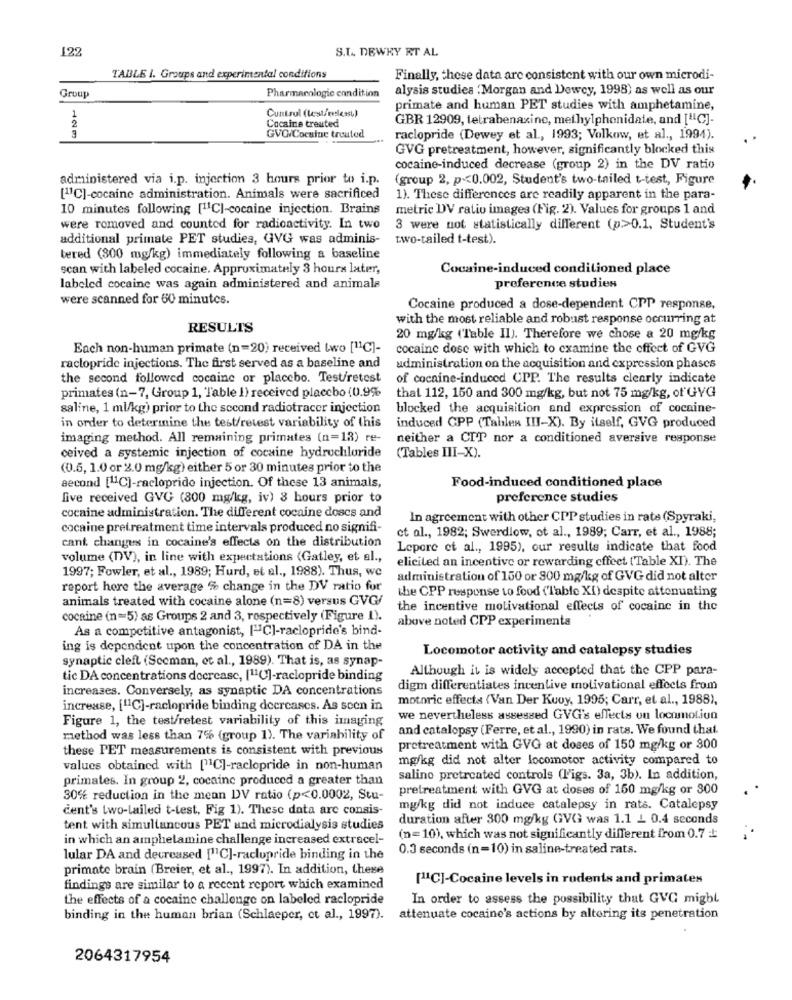
122
S.T. DEWKY RT AL
TABLE I. Groups and experimental conditions
Finally, these data are consistent with our own microdi-
alysis studies . Morgan and Dewey, 1998) as well as our
Group
Pharmacologie condition
1
Cuntrul (test/esleast)
primate and human PET studies with amphetamine,
2
GBR 12909, tetrabenaxine, methylphenidate, and ["C]-
Cocaine treated
GVG/Cocalue treated
raclopride (Dewey et al ., 1993; Volkow, et al ., 1994).
GVG pretreatment, however, significantly blocked this
cocaine-induced decrease (group 2) in the DV ratio
administered via i.p. injection 3 hours prior to i.p.
(group 2, p<0.002, Student's two-tailed t-test, Figure
[11C]-cocaine administration. Animals were sacrificed
1). These differences are readily apparent in the para-
10 minutes following [11CI-cocaine injection. Brains
metric DV ratio images (Fig. 2). Values for groups 1 and
were removed and counted for radioactivity. In two
3 were not statistically different (p>0.1, Student's
additional primate PET studies, GVG was adminis-
two-tailed t-test).
tered (300 mg/kg) immediately following a baseline
scan with labeled cocaine. Approximately 3 hours later,
Cocaine-induced conditioned place
labeled cocaine was again administered and animals
preference studies
were scanned for 60 minutes.
Cocaine produced a dose-dependent CPP response,
with the most reliable and robust response occurring at
RESULTS
20 mg/kg ("Table II). Therefore we chose a 20 mg/kg
Each non-human primate (n=20) received (wo [11C]-
cocaine dose with which to examine the effect of GVG
ractopride injections. The first served as a baseline and
administration on the acquisition and expression phases
the second followed cocaine or placebo. Test/retest
of cocaine-induced UPP. The results clearly indicate
primates (n-7, Group 1, Table I) received placebo (0.9%
that 112, 150 and 300 mg/kg, but not 75 mg/kg, of GYG
saline, 1 ml/kg) prior to the second radiotracer injection
blocked the acquisition and expression of cocaine-
in order to determine the test/retest variability of this
induced CPP (Tables III-X). By itself, GVG produced
imaging method. All remaining primates (n=13) re-
neither a CIT nor a conditioned aversive response
ceived a systemic injection of cocaine hydrochloride
(Tables III-X).
(0.5, 1.0 or 2.0 mg/kg) either 5 or 30 minutes prior to the
second [11C]-raclopride injection. Of these 13 animals,
Food-induced conditioned place
five received GVG (800 mg/kg, iv) 8 hours prior to
preference studies
cocaine administration. The different cocaine doscs and
In agreement with other CPP studies in rats (Spyraki,
cocaine pretreatment time intervals produced no signifi-
et al ., 1982; Swerdlow, et al ., 1989; Carr, et al ., 1988;
cant changes in cocaine's effects on the distribution
Lepore et al ., 1995), our results indicate that food
volume (DV), in line with expectations (Gatley, et al .,
elicited an incentive or rewarding effect (Table XI). The
1997; Fowler, et al ., 1989; Hurd, et al ., 1988). Thus, we
administration of 150 or 800 mg/kg of GVG did not alter
report here the average % change in the DV ratio for
the CPP response to food (Table XI) despite attenuating
animals treated with cocaine alone (n=8) versus GVG/
the incentive motivational effects of cocaine in the
cocaine (n=5) as Groups 2 and 3, respectively (Figure 1).
above noted CPP experimenta
As a competitive antagonist, ["IC]-raclopride's bind-
ing is dependent upon the concentration of DA in the
Locomotor activity and catalepsy studies
synaptic cleft (Sceman, et al ., 1989). That is, as synap-
Although it is widely accepted that the CPP para-
tic DA concentrations decrease, [110]-raclopride binding
increases. Conversely, as synaptic DA concentrations
digm differentiates incentive motivational effects from
motoric effects (Van Der Kuvy, 1995; Carr, et al ., 1988),
increase, ["1C]-raclopride binding decreases. As seen in
Figure 1, the test/retest variability of this imaging
we nevertheless assessed GVG's effects on locomotion
and catalopsy (Ferre, et al ., 1990) in rats. We found that.
method was less than 7% (group 1). The variability of
these PET measurements is consistent with previous
pretreatment with GVG at doses of 150 mg/kg or 300
mg/kg did not alter locomotor activity compared to
values obtained with ["1C]-raclopride in non-human
primates. In group 2, cocaine produced a greater than
salino pretreated controls (l'igs. 3a, 3b). In addition,
pretreatment with GVG at doses of 160 mg/kg or 300
30% reduction in the mean DV ratio (p<0.0002, Stu-
cent's two-lailed t-test, Fig 1). These data arc consis-
mg/kg did not induce catalepsy in rats. Catalepsy
duration after 300 mg/kg GVG was 1.1 L 0.4 seconds
tent with simultancous PET and microdialysis studies
in which an amphetamine challenge increased extracel-
(n=10), which was not significantly different from 0.7 +
0.3 seconds (n=10) in saline-treated rats.
lular DA and decreased ["C]-raclupride binding in the
primate brain (Breier, et al ., 1997). In addition, these
[11C]-Cocaine levels in rodents and primates
findings are similar to a recent report which examined
the effects of a cocaine challenge on labeled raclopride
In order to assess the possibility that GVG might
binding in the human brian (Schlaeper, et al ., 1997).
attenuate cocaine's actions by altering its penetration
2064317954